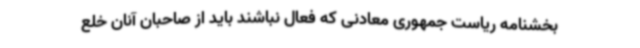
بخشنامه ریاست جمهوری معادنی که فعال نباشند باید از صاحبان آنان خلع